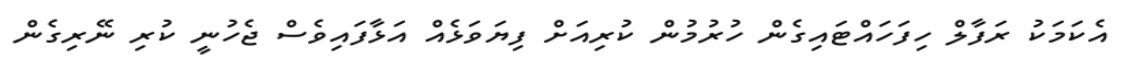
އެކަމަކު ރަފާލް ހިފަހައްޓައިގެން ހުރުމުން ކުރިއަށް ފިޔަވަޅެއް އަޅާފައިވެސް ޖެހުނީ ކުރި ނޭރިގެން